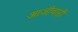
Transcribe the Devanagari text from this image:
आजीचाही